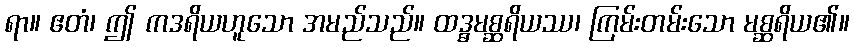
ရာ။ ဧတံ၊ ဤ ကဒရိယဟူသော အမည်သည်။ ထဒ္ဓမစ္ဆရိယဿ၊ ကြမ်းတမ်းသော မစ္ဆရိယ၏။